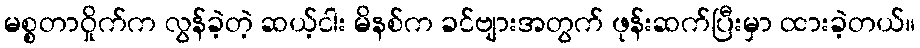
မစ္စတာဝှိုက်က လွန်ခဲ့တဲ့ ဆယ့်ငါး မိနစ်က ခင်ဗျားအတွက် ဖုန်းဆက်ပြီးမှာ ထားခဲ့တယ်။